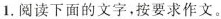
1. 阅读下面的文字，按要求作文。